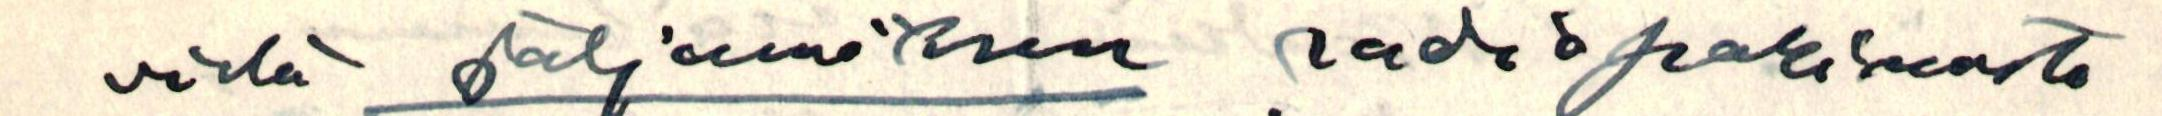
vielä jäljennöksen radiopakinasta